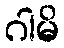
ဂါမိ